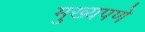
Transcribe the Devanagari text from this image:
मुख्यपणे